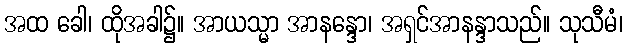
အထ ခေါ၊ ထိုအခါ၌။ အာယသ္မာ အာနန္ဒော၊ အရှင်အာနန္ဒာသည်။ သုသီမံ၊